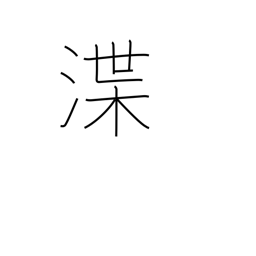
Meaning: dredging